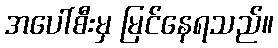
အပေါ်စီးမှ မြင်နေရသည်။